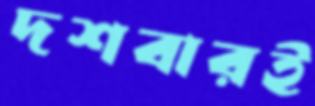
দশবারই